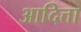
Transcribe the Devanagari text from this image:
आदित्ता